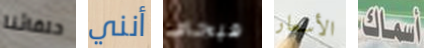
حلفائنا أنني فيجاي الأسعار أسماك